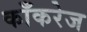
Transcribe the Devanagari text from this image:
काँकरेज